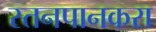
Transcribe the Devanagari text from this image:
स्तनपानकरा